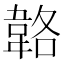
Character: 𩎬